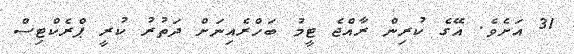
31 އަށެވެ. އޭގެ ކުރިން ރާއްޖެ ޓީމު ބަހްރެއިނަށް ދަތުރު ކުރީ ޕްރެކްޓިސް